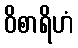
ဝိစာရိဟံ